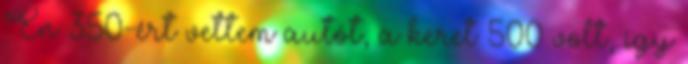
Én 350-ért vettem autót, a keret 500 volt, így